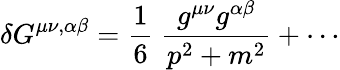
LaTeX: \delta G^{\mu\nu,\alpha\beta}=\frac{1}{6}~\frac{g^{\mu\nu}g^{\alpha\beta}}{p^{2}+m^{2}}+\cdots